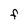
Character: F